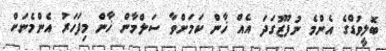
ބޮލީވުޑްގެ އެންމެ ނުފޫޒުގަދަ އެއް ޚާން ކަމަށްވާ ސަލްމާން ޚާން މިފަހަރު އެންމެނަށް